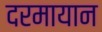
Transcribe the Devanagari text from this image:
दरमायान